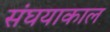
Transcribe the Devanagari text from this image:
संघयाकाल